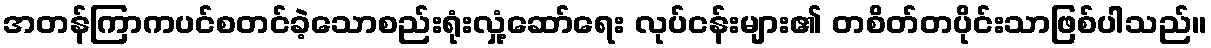
အတန်ကြာကပင်စတင်ခဲ့သောစည်းရုံးလှုံ့ဆော်ရေး လုပ်ငန်းများ၏ တစိတ်တပိုင်းသာဖြစ်ပါသည်။